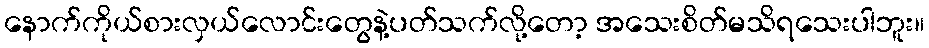
နောက်ကိုယ်စားလှယ်လောင်းတွေနဲ့ပတ်သက်လို့တော့ အသေးစိတ်မသိရသေးပါဘူး။